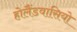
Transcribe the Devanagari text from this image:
होलैंडवासियो